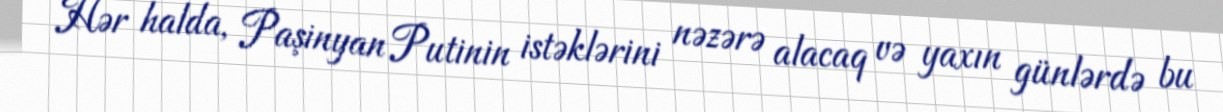
Hər halda, Paşinyan Putinin istəklərini nəzərə alacaq və yaxın günlərdə bu